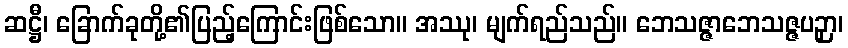
ဆဋ္ဌီ၊ ခြောက်ခုတို့၏ပြည့်ကြောင်းဖြစ်သော။ အဿု၊ မျက်ရည်သည်။ ဘေသဇ္ဇာဘေသဇ္ဇပဉှာ၊